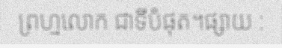
ព្រហ្មលោក ជាទីបំផុត។ផ្សាយ :